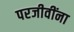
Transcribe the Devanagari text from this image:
परजीवींना